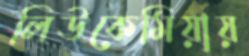
লিউকেমিয়ায়